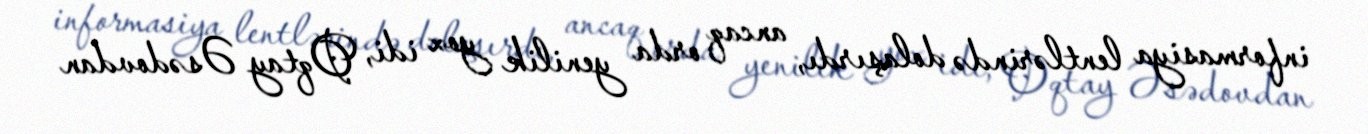
informasiya lentlərində dolaşırdı, ancaq orda yenilik yox idi, Oqtay Əsədovdan